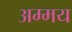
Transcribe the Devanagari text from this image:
अम्मय